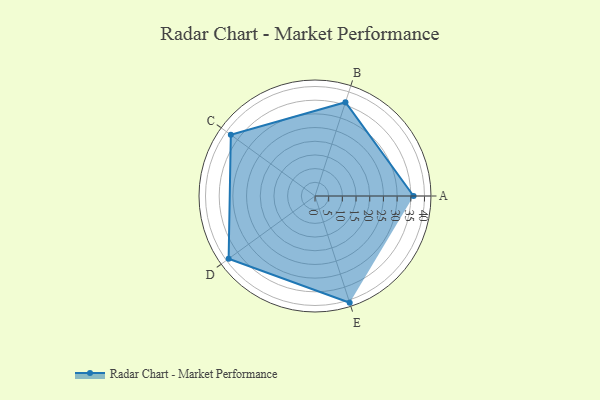
{"axis": {"x": "Skill", "y": "Score"}, "legend": ["Profile"], "data": [{"x": "A", "y": 36.0, "type": "Profile"}, {"x": "B", "y": 36.0, "type": "Profile"}, {"x": "C", "y": 38.0, "type": "Profile"}, {"x": "D", "y": 39.0, "type": "Profile"}, {"x": "E", "y": 41.0, "type": "Profile"}]}